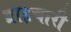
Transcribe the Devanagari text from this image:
ब्राहृचारी